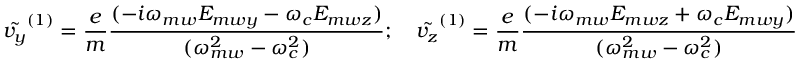
\tilde { v _ { y } } ^ { ( 1 ) } = \frac { e } { m } \frac { ( - i \omega _ { m w } E _ { m w y } - \omega _ { c } E _ { m w z } ) } { ( \omega _ { m w } ^ { 2 } - \omega _ { c } ^ { 2 } ) } ; \quad \tilde { v _ { z } } ^ { ( 1 ) } = \frac { e } { m } \frac { ( - i \omega _ { m w } E _ { m w z } + \omega _ { c } E _ { m w y } ) } { ( \omega _ { m w } ^ { 2 } - \omega _ { c } ^ { 2 } ) }